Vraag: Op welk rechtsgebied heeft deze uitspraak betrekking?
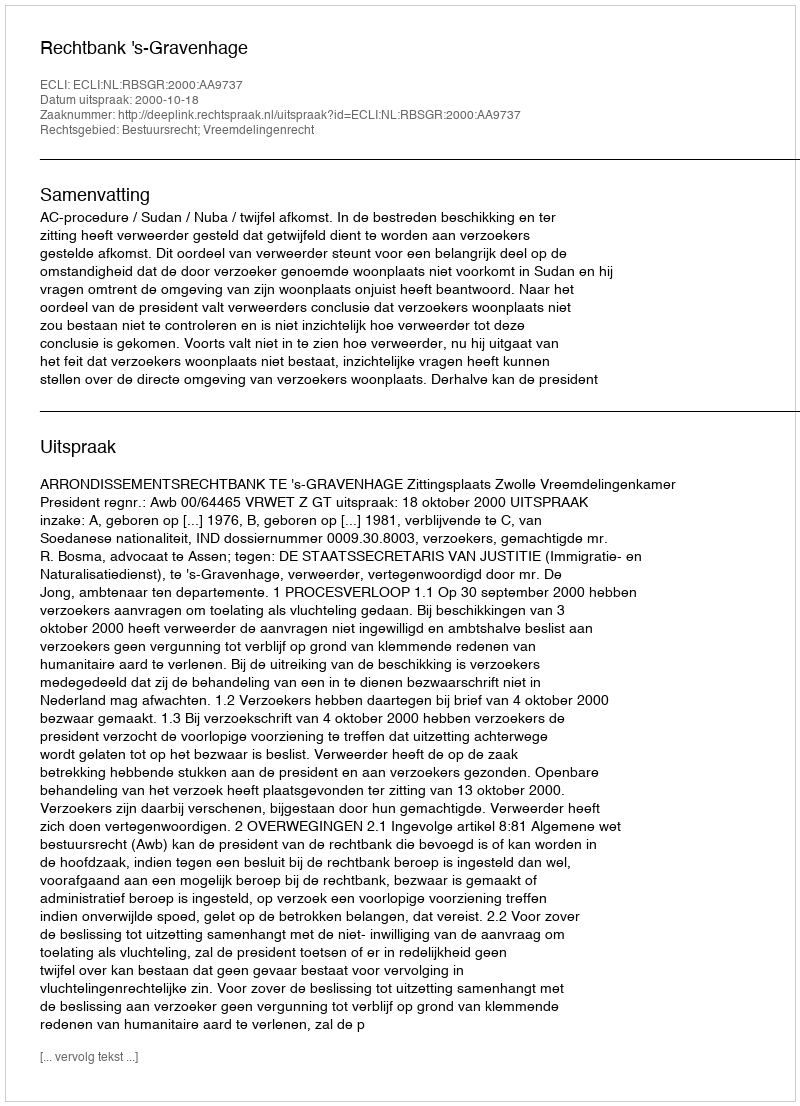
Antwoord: Bestuursrecht; Vreemdelingenrecht